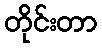
တိုင်းတာ